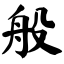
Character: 般